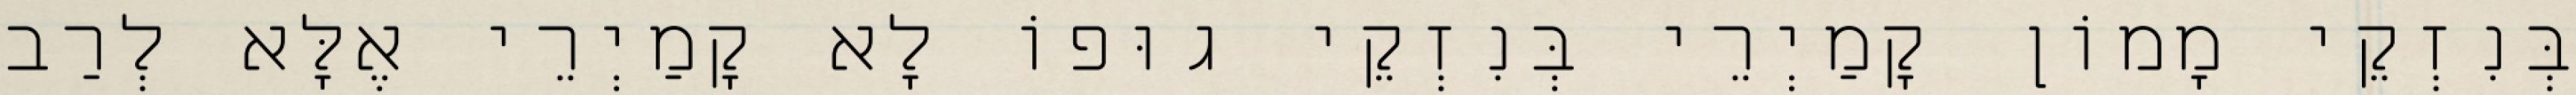
בְּנִזְקֵי מָמוֹן קָמַיְרֵי בְּנִזְקֵי גוּפוֹ לָא קָמַיְרֵי אֶלָּא לְרַב